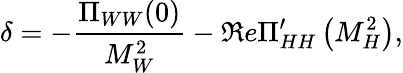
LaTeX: \delta=-{\frac{\Pi_{WW}(0)}{M_{W}^{2}}}-\Re e\Pi_{HH}^{\prime}\left(M_{H}^{2}\right),